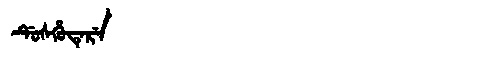
Manchu: ᡩᡠᠰᡥᡠᡨᡝᡵᡝ
Romanization: DUSHUTERE